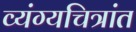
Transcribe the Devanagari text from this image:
व्यंग्यचित्रांत